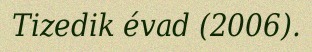
Tizedik évad (2006).